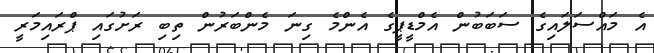
އެ މައްސަލައިގެ ސަބަބުން އެމްޑީޕީގެ އެންމެ ގިނަ މެންބަރުން ތިބި ރަށުގައި ޕްރައިމަރީ